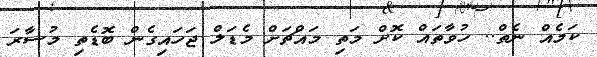
ކަމެއް ނެތް.. ހުވާތައް ކޮށް މަތި މައްޗަށް މެޑަލް ޖަހައިގެން ބޮޑެތި މުސާރަ